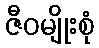
ဇီဝမျိုးစုံ